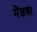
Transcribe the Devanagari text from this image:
मेंढय़ा